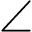
\angle